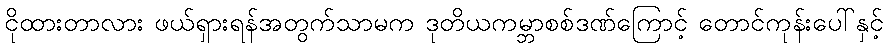
ငိုထားတာလား ဖယ်ရှားရန်အတွက်သာမက ဒုတိယကမ္ဘာစစ်ဒဏ်ကြောင့် တောင်ကုန်းပေါ်နှင့်